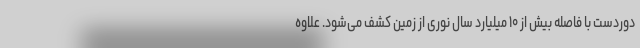
دوردست با فاصله بیش از ۱۰ میلیارد سال نوری از زمین کشف می‌شود. علاوه